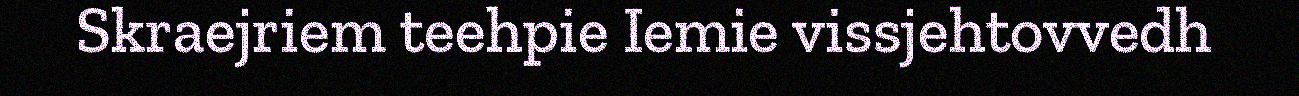
Skraejriem teehpie Iemie vissjehtovvedh